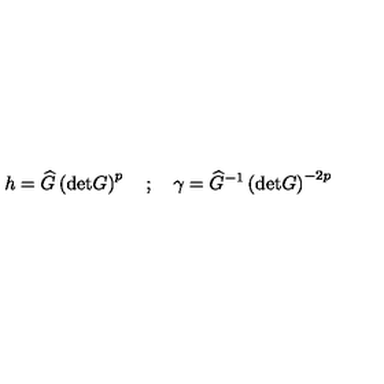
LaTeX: h = \widehat { G } \left( \mathrm { d e t } G \right) ^ { p } \quad ; \quad \gamma = \widehat { G } ^ { - 1 } \left( \mathrm { d e t } G \right) ^ { - 2 p }